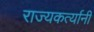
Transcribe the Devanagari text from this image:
राज्यकर्त्यानी